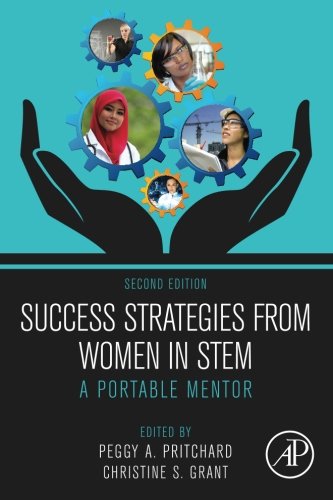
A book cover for Success Strategies From Women in STEM, Second Edition: A Portable Mentor; Science & Math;